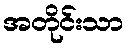
အတိုင်းသာ